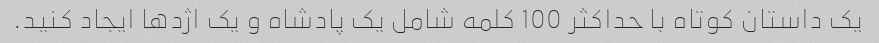
یک داستان کوتاه با حداکثر 100 کلمه شامل یک پادشاه و یک اژدها ایجاد کنید.